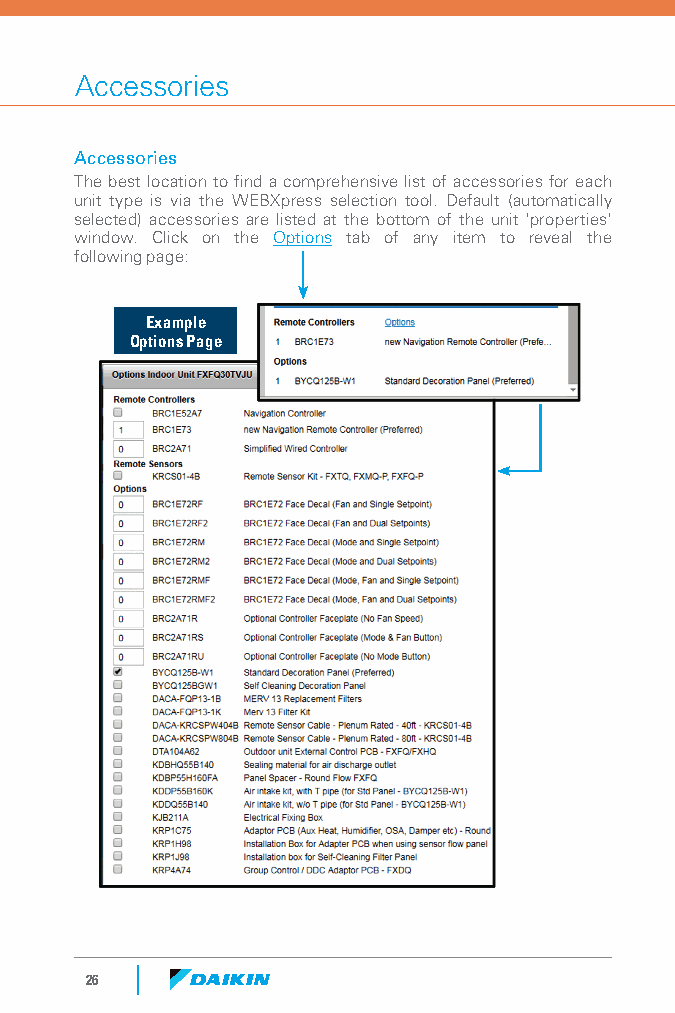
Accessories
 Accessories
 The best location to find a comprehensive list of accessories for each
 unit type is via the WEBXpress selection tool. Default (automatically
 selected) accessories are listed at the bottom of the unit 'properties'
 window. Click on the Options tab of any item to reveal the
 following page:
 Example
 Options Page
 26